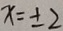
x = \pm 2